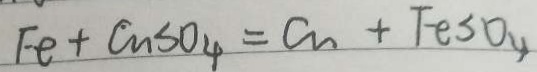
F e + C u S O _ { 4 } = C u + F e S O _ { 4 }